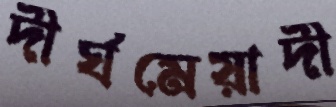
দীর্ঘমেয়াদী